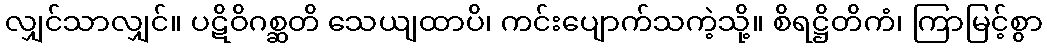
လျှင်သာလျှင်။ ပဋိဝိဂစ္ဆတိ သေယျထာပိ၊ ကင်းပျောက်သကဲ့သို့။ စိရဋ္ဌိတိကံ၊ ကြာမြင့်စွာ